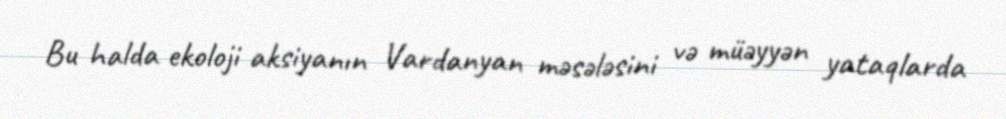
Bu halda ekoloji aksiyanın Vardanyan məsələsini və müəyyən yataqlarda